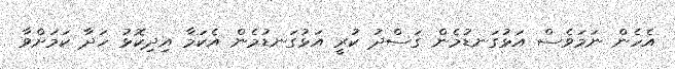
އެހެން ނަމަވެސް އަޅުގަނޑުމެން ގަސްދު ކުރީ އަޅުގަނޑުމެން އެކަމާ އިދިކޮޅު ހަދާ ކަމަށްވާ